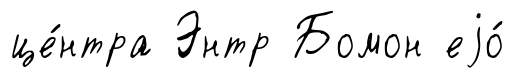
це́нтра Энтр Бомон еjо́